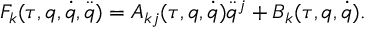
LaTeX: F _ { k } ( \tau , q , \dot { q } , \ddot { q } ) = A _ { k j } ( \tau , q , \dot { q } ) \ddot { q } ^ { j } + B _ { k } ( \tau , q , \dot { q } ) .